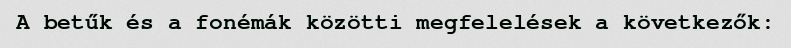
A betűk és a fonémák közötti megfelelések a következők: